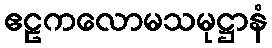
ဧဠကလောမသမုဋ္ဌာနံ